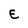
Character: E